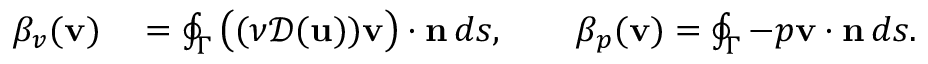
\begin{array} { r l } { \beta _ { v } ( { \mathbf v } ) } & { { } = \oint _ { \Gamma } \big ( ( \nu { \mathcal { D } } ( { \mathbf u } ) ) { \mathbf v } \big ) \cdot { \mathbf n } \, d s , \qquad \beta _ { p } ( { \mathbf v } ) = \oint _ { \Gamma } - p { \mathbf v } \cdot { \mathbf n } \, d s . } \end{array}